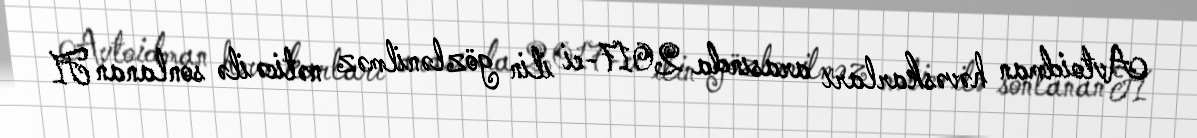
Avtoidman həvəskarları arasında 2017-ci ilin gözlənilməz nəticə ilə sonlanan F1